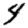
Digit: 4